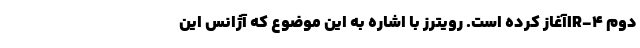
دوم IR-4‌آغاز کرده است. رویترز با اشاره به این موضوع که آژانس این